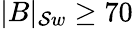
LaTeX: |B|_{\mathcal{S}w}\geq70